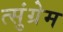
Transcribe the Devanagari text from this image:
त्सुंग्रेम